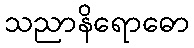
သညာနိရောဓော